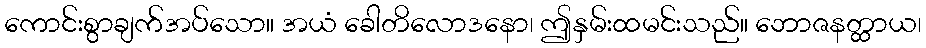
ကောင်းစွာချက်အပ်သော။ အယံ ခေါတိလောဒနော၊ ဤနှမ်းထမင်းသည်။ ဘောဇနတ္ထာယ၊